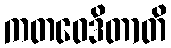
ကတဝေဒိတာတိ